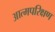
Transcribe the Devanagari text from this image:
आत्मपरिक्षण